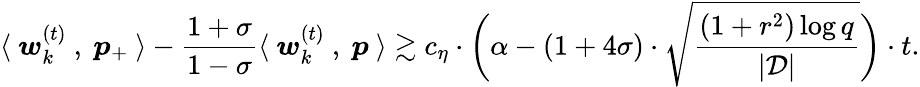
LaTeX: \langle~{\boldsymbol w}_{k}^{(t)}~,~{\boldsymbol p}_{+}~\rangle-\frac{1+\sigma}{1-\sigma}\langle~{\boldsymbol w}_{k}^{(t)}~,~{\boldsymbol p}~\rangle\gtrsim c_{\eta}\cdot\bigg(\alpha-(1+4\sigma)\cdot\sqrt{\frac{(1+r^{2})\log q}{|\mathcal{D}|}}\bigg)\cdot t.